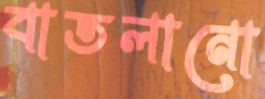
বাতলানো